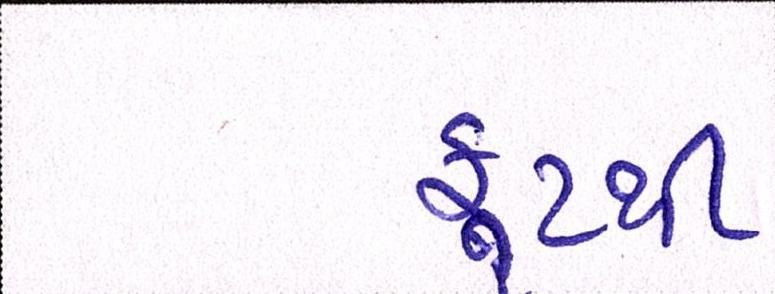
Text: ફૂટથી